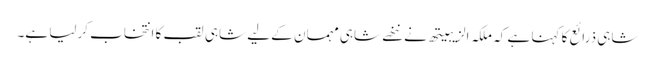
شاہی ذرائع کا کہنا ہے کہ ملکہ الزیبیتھ نے ننھے شاہی مہمان کے لیے شاہی لقب کا انتخاب کرلیا ہے۔